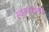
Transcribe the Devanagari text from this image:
स्वरूपवर्णन